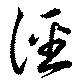
徑